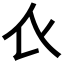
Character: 𧘇